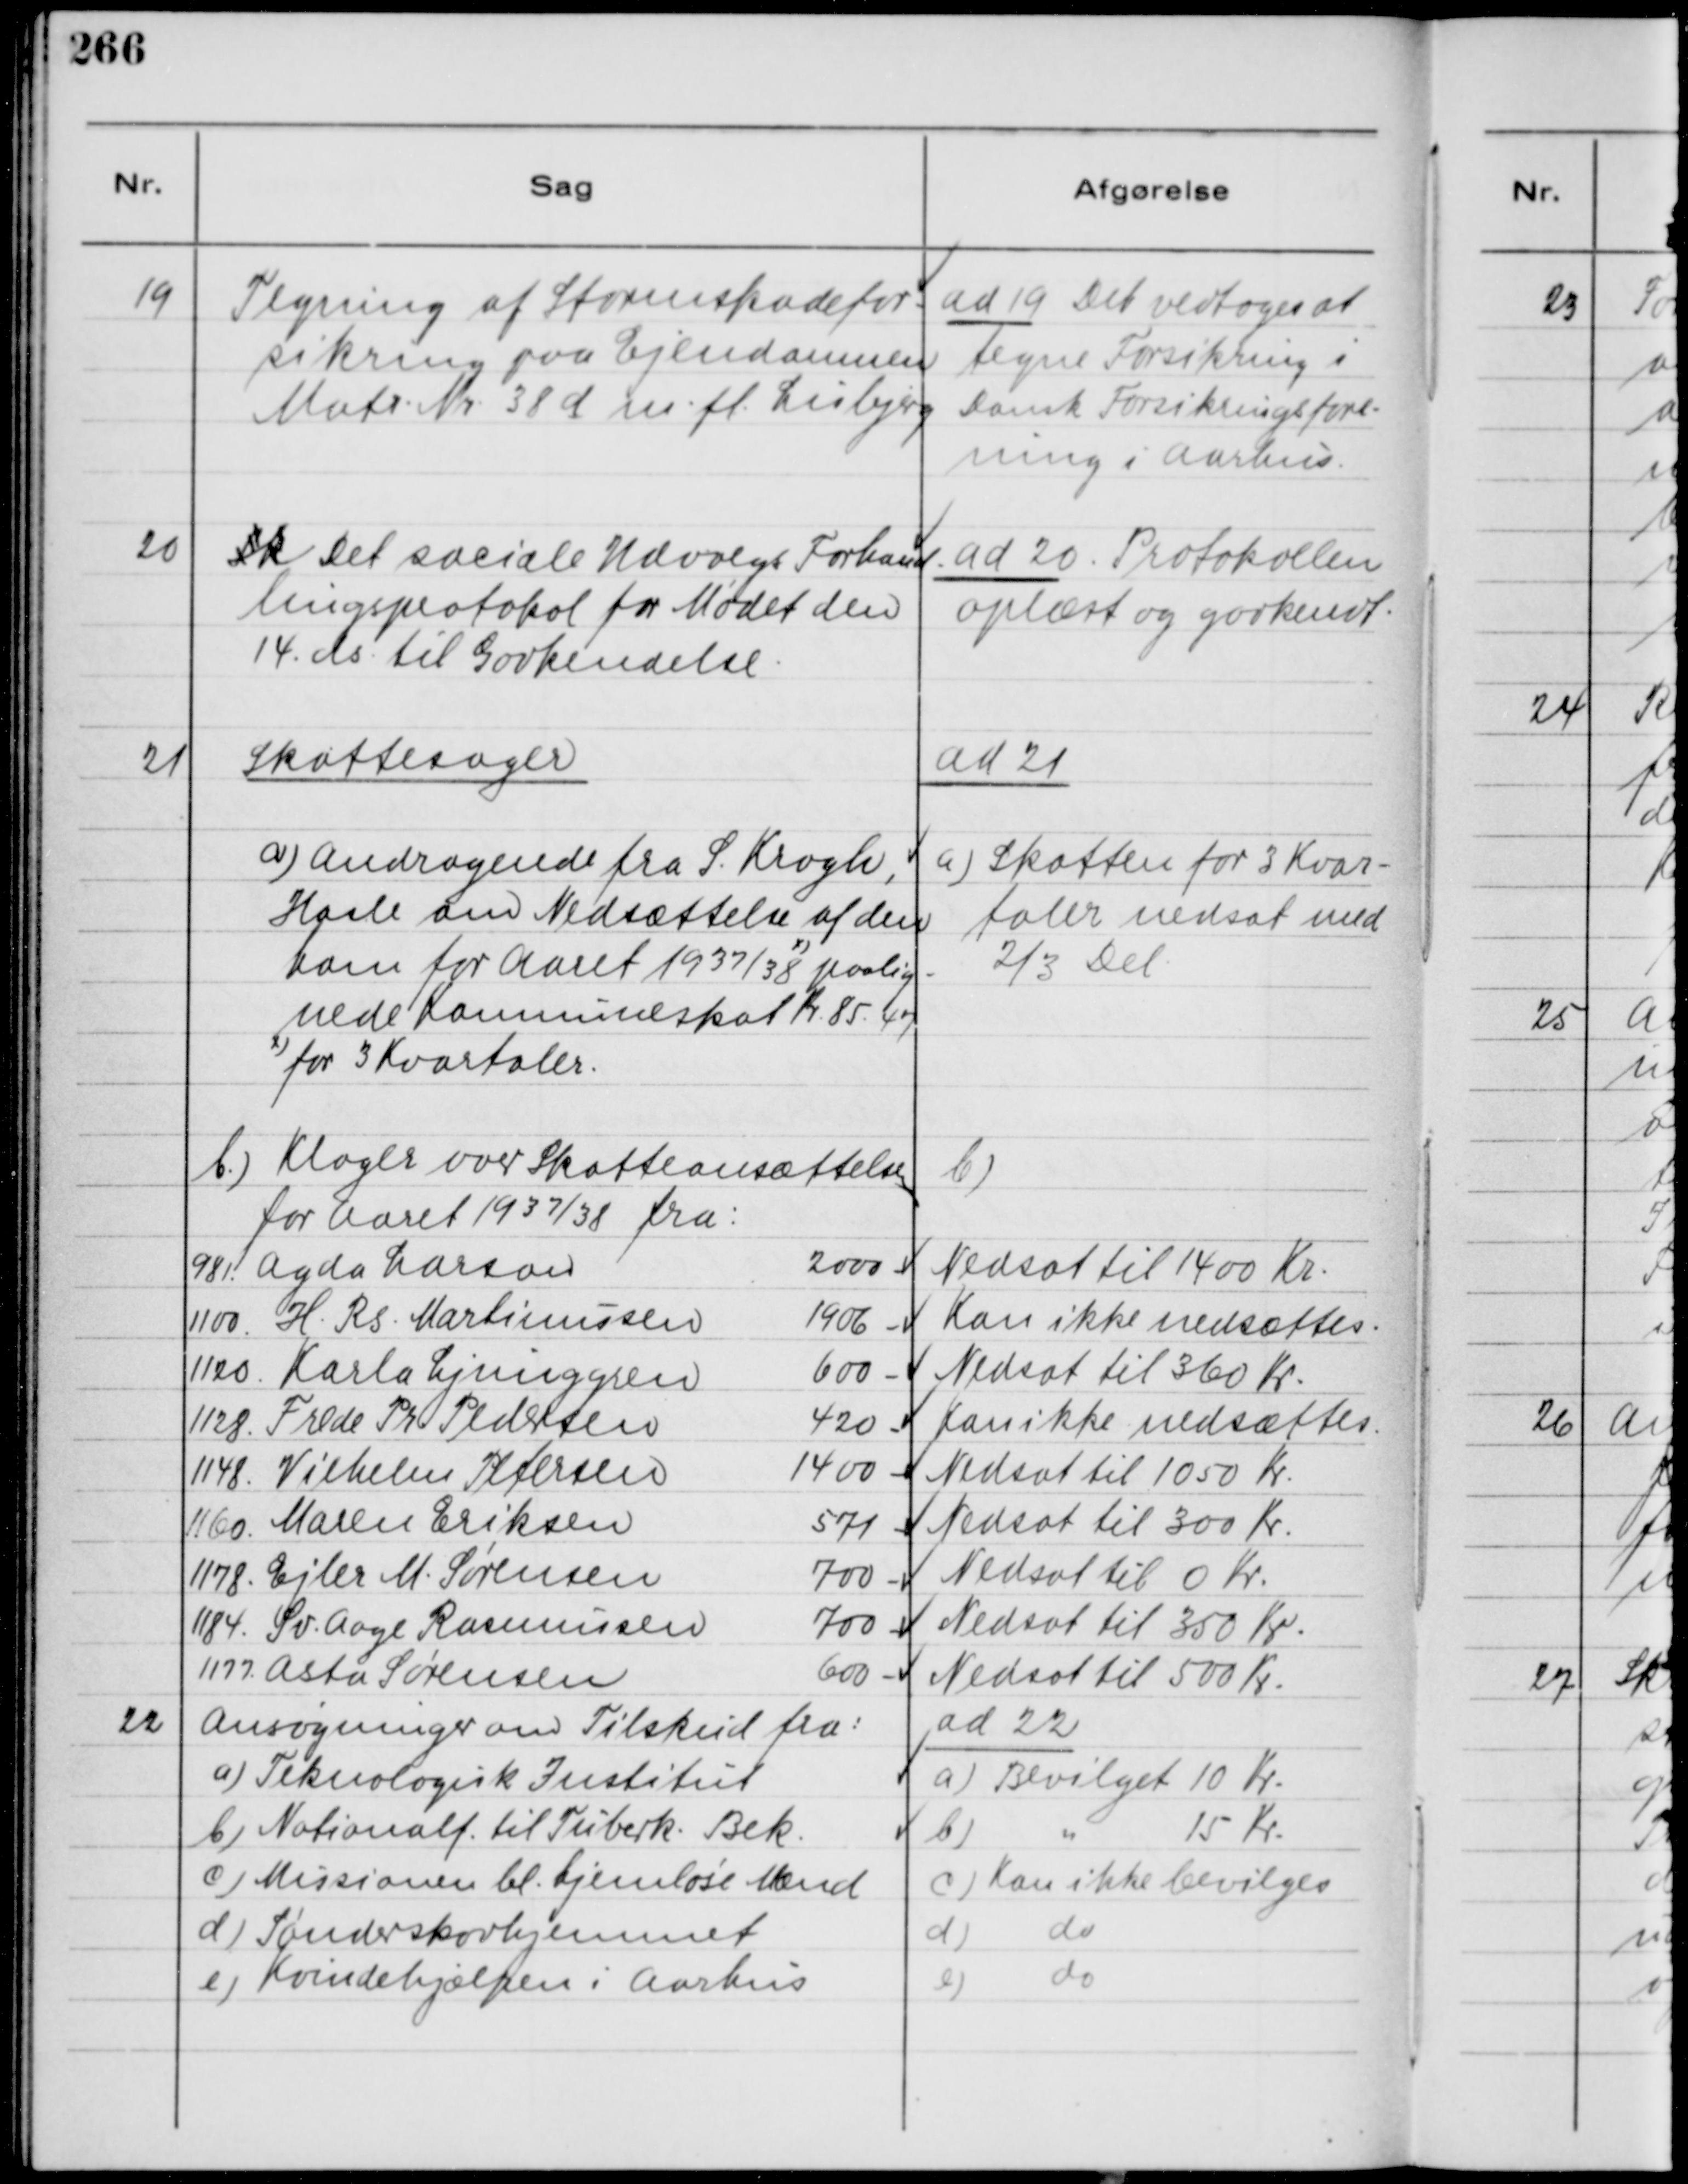
Transskription:
19
Tegning af Stormskadefor-
sikring paa Ejendommen
Matr. Nr. 38 d m. fl. Lisbjerg

ad 19 Det vedtoges at
tegne Forsikring i
Dansk Forsikringsfore-
ning i Aarhus.

20
Sk Det sociale Udvalgs Forhand-
lingsprotokol for Mødet den
14 ds. til Godkendelse.

ad 20. Protokollen
oplæst og godkendt.

21
Skattesager
a) Andragende fra S. Krogh,
Hasle om Nedsættelse af den
ham for Aaret 1937/38
x)
paalig-
nede Komnuneskat Kr. 85. 47
x)
for 3 Kvartaler.

ad 21
a) Skatten for 3 Kvar-
taler nedsat med
⅔ Del.

b.) Klager over Skatteansættelsen
for Aaret 1937/38 fra:
b)
981. Agda Larson
2000 -
Nedsat til 1400 Kr.
1100. H. Rs. Martinussen
1906 -
Kan ikke nedsættes.
1120. Karla Ljunggren
600 -
Nedsat til 360 Kr.
1128. Frede Ph. Pedersen
420 -
Kan ikke nedsættes.
1148. Vilhelm Petersen
1400 -
Nedsat til 1050 Kr.
1160. Maren Eriksen
571 -
Nedsat til 300 Kr.
1178. Ejler M. Sørensen
700 -
Nedsat til 0 Kr.
1184. Sv. Aage Rasmussen
700 -
Nedsat til 350 Kr.
1177. Asta Sørensen
600 -
Nedsat til 500 Kr.

22
Ansøgninger om Tilskud fra:
a) Teknologisk Institut
b) Nationalf. til Tuberk. Bek.
c) Missionen bl. hjemløse Mænd
d) Sønderskovhjemmet
e) Kvindehjælpen i Aarhus

ad 22
a) Bevilget 10 Kr.
b) " 15 Kr.
c) Kan ikke bevilges
d) do
e) do